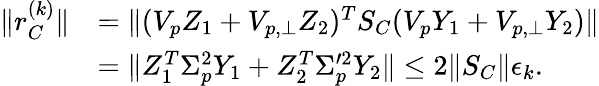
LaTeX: \begin{array}{rl}{\| r_{C}^{(k)}\| }&{=\| (V_{p}Z_{1}+V_{p,\perp}Z_{2})^{T}S_{C}(V_{p}Y_{1}+V_{p,\perp}Y_{2})\| }\\ &{=\| Z_{1}^{T}\Sigma_{p}^{2}Y_{1}+Z_{2}^{T}\Sigma_{p}^{\prime 2}Y_{2}\| \leq 2\| S_{C}\| \epsilon_{k}.}\end{array}